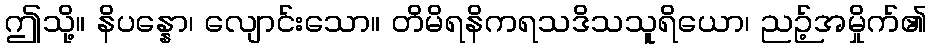
ဤသို့။ နိပန္နော၊ လျောင်းသော။ တိမိရနိကရသဒိသသူရိယော၊ ညဉ့်အမှိုက်၏